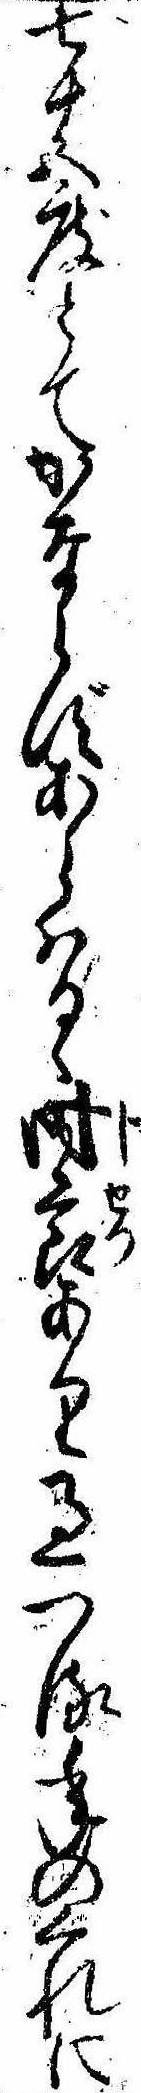
七十五度とてかならずあらはるゝ時節あり過つる年のくれに